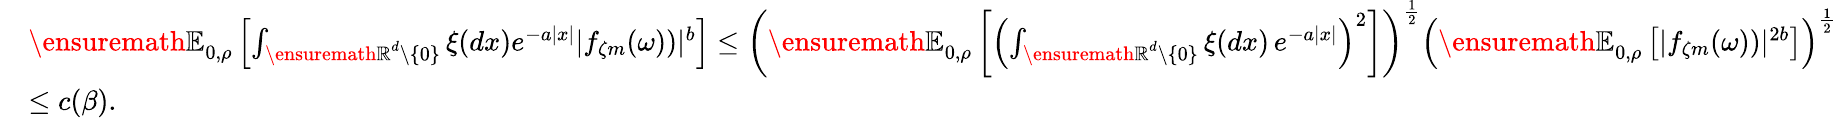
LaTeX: \begin{array}{rl}&{{\ensuremath{\mathbb E}}_{0,\rho}\left[\int_{{\ensuremath{\mathbb R}}^{d}\setminus\{ 0\} }\xi(dx)e^{-a|x|}|f_{\zeta m}(\omega))|^{b}\right]\leq\left({\ensuremath{\mathbb E}}_{0,\rho}\left[\left(\int_{{\ensuremath{\mathbb R}}^{d}\setminus\{ 0\} }\xi(dx)\, e^{-a|x|}\right)^{2}\right]\right)^{\frac{1}{2}}\left({\ensuremath{\mathbb E}}_{0,\rho}\left[|f_{\zeta m}(\omega))|^{2b}\right]\right)^{\frac{1}{2}}}\\ &{\leq c(\beta).}\end{array}